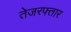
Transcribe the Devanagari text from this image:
तेजरफ्तार